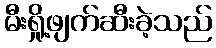
မီးရှို့ဖျက်ဆီးခဲ့သည်